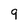
Character: 9